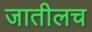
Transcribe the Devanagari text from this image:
जातीलच